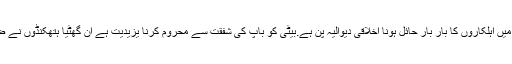
انہوں نے کہا کہ باپ بیٹی کی ملاقات میں اہلکاروں کا بار بار حائل ہونا اخلاقی دیوالیہ پن ہے.بیٹی کو باپ کی شفقت سے محروم کرنا یزیدیت ہے ان گھٹیا ہتھکنڈوں نے ضیاء آمریت کی سیاہ یادیں تازہ کر دیں۔